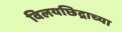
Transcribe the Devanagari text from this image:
विलयछिद्राच्या